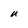
Character: U